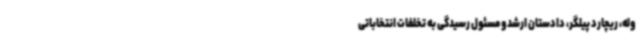
وله، ریچارد پیلگر، دادستان ارشد و مسئول رسیدگی به تخلفات انتخاباتی